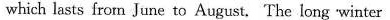
which lasts from June to August. The long "winter